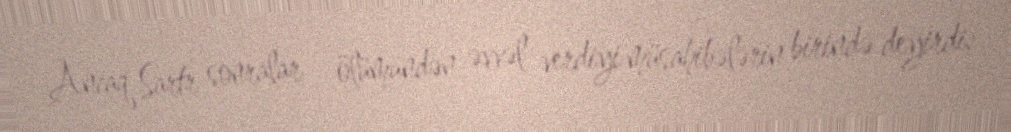
Ancaq Sartr sonralar - ölümündən əvvəl verdiyi müsahibələrin birində deyirdi: